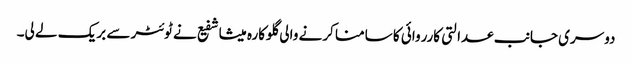
دوسری جانب عدالتی کارروائی کا سامنا کرنے والی گلوکارہ میشا شفیع نے ٹوئٹر سے بریک لے لی۔